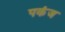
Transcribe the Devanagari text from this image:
पकंज